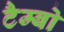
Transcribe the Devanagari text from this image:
टैम्बो